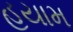
હયામ